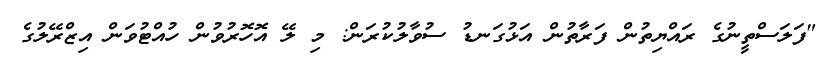
"ފަލަސްތީނުގެ ރައްޔިތުން ފަރާތުން އަޅުގަނޑު ސުވާލުކުރަން: މި ލޭ އޮހޮރުވުން ހުއްޓުވަން އިޒްރޭލުގެ